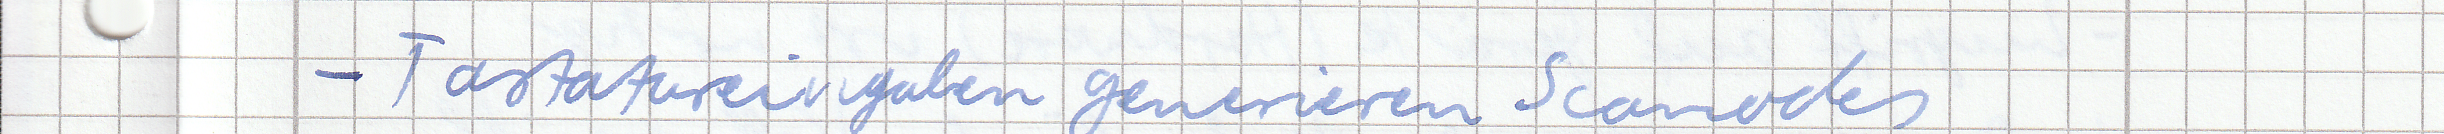
- Tastatureingaben generieren Scancodes